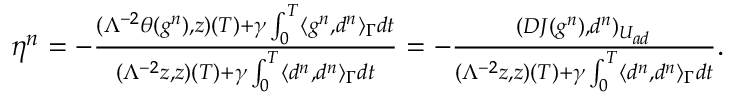
\begin{array} { r } { \eta ^ { n } = - \frac { ( \Lambda ^ { - 2 } \theta ( g ^ { n } ) , z ) ( T ) + \gamma \int _ { 0 } ^ { T } \langle g ^ { n } , d ^ { n } \rangle _ { \Gamma } d t } { ( \Lambda ^ { - 2 } z , z ) ( T ) + \gamma \int _ { 0 } ^ { T } \langle d ^ { n } , d ^ { n } \rangle _ { \Gamma } d t } = - \frac { ( D J ( g ^ { n } ) , d ^ { n } ) _ { U _ { a d } } } { ( \Lambda ^ { - 2 } z , z ) ( T ) + \gamma \int _ { 0 } ^ { T } \langle d ^ { n } , d ^ { n } \rangle _ { \Gamma } d t } . } \end{array}